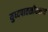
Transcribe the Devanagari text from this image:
युध्दपातळीवरून